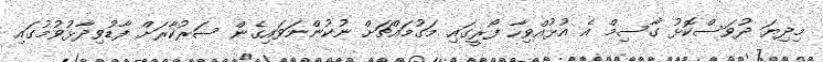
މިދިޔަ ދުވަސްކޮޅު ގާސިމް އެ އުޅުއްވިހާ ފޯރީގައި މަގުމައްޗަށް ނުކުންނަވައިގެން ސަރުކާރަށް ފާޑުވިދާޅުވުމުގައި